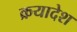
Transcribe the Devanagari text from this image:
क्रयादेश